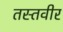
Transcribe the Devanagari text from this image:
तस्तवीर